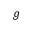
g